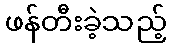
ဖန်တီးခဲ့သည့်